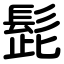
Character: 髭